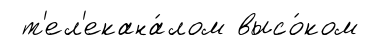
т'ел'екана́лом высо́ком